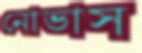
নোভাস